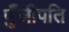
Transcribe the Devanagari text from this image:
पुँजीपति